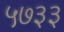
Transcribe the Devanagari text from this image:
५७३३